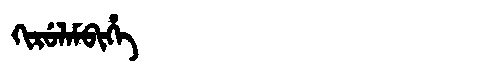
Manchu: ᡴᡳᡵᡠᠯᠠᠮᠪᡳᡥᡝ
Romanization: KIRULAMBIHE